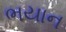
ભયાન